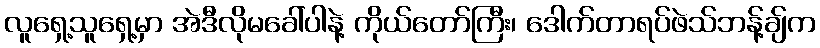
လူရှေ့သူရှေ့မှာ အဲဒီလိုမခေါ်ပါနဲ့ ကိုယ်တော်ကြီး၊ ဒေါက်တာရပ်ဖဲသ်ဘန့်ချ်က